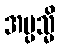
အပ္ပသ္မိ